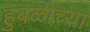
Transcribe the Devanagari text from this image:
हुबळीच्या